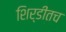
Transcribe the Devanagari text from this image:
शिर्डीतच